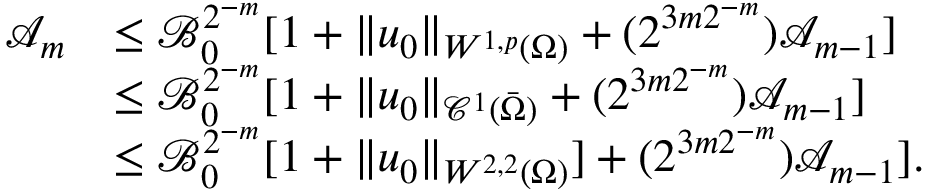
\begin{array} { r l } { \mathcal { A } _ { m } } & { \leq \mathcal { B } _ { 0 } ^ { 2 ^ { - m } } [ 1 + \| u _ { 0 } \| _ { W ^ { 1 , p } ( \Omega ) } + ( 2 ^ { 3 m 2 ^ { - m } } ) \mathcal { A } _ { m - 1 } ] } \\ & { \leq \mathcal { B } _ { 0 } ^ { 2 ^ { - m } } [ 1 + \| u _ { 0 } \| _ { \mathcal { C } ^ { 1 } ( \bar { \Omega } ) } + ( 2 ^ { 3 m 2 ^ { - m } } ) \mathcal { A } _ { m - 1 } ] } \\ & { \leq \mathcal { B } _ { 0 } ^ { 2 ^ { - m } } [ 1 + \| u _ { 0 } \| _ { W ^ { 2 , 2 } ( \Omega ) } ] + ( 2 ^ { 3 m 2 ^ { - m } } ) \mathcal { A } _ { m - 1 } ] . } \end{array}